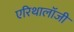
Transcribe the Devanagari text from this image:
एरिथालॉजी